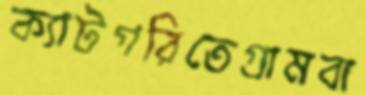
ক্যাটগরিতেগ্রামবা